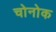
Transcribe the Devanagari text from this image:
चोनोक